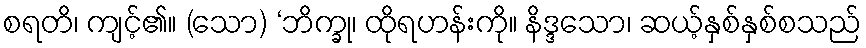
စရတိ၊ ကျင့်၏။ (သော) ‘ဘိက္ခု၊ ထိုရဟန်းကို။ နိဒ္ဒသော၊ ဆယ့်နှစ်နှစ်စသည်